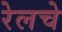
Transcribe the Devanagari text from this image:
रेलचे